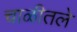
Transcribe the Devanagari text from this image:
चाळीतले